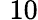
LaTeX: \, \, 10